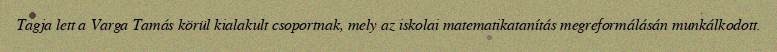
Tagja lett a Varga Tamás körül kialakult csoportnak, mely az iskolai matematikatanítás megreformálásán munkálkodott.